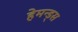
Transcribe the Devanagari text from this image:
हेमन्ड्स